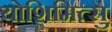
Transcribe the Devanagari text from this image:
योशिमित्सु